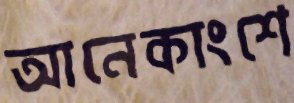
আনেকাংশে